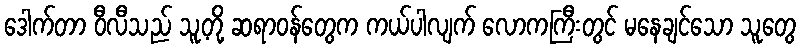
ဒေါက်တာ ဝီလီသည် သူ့တို့ ဆရာဝန်တွေက ကယ်ပါလျက် လောကကြီးတွင် မနေချင်သော သူတွေ